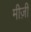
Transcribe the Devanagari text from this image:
मीज़ी